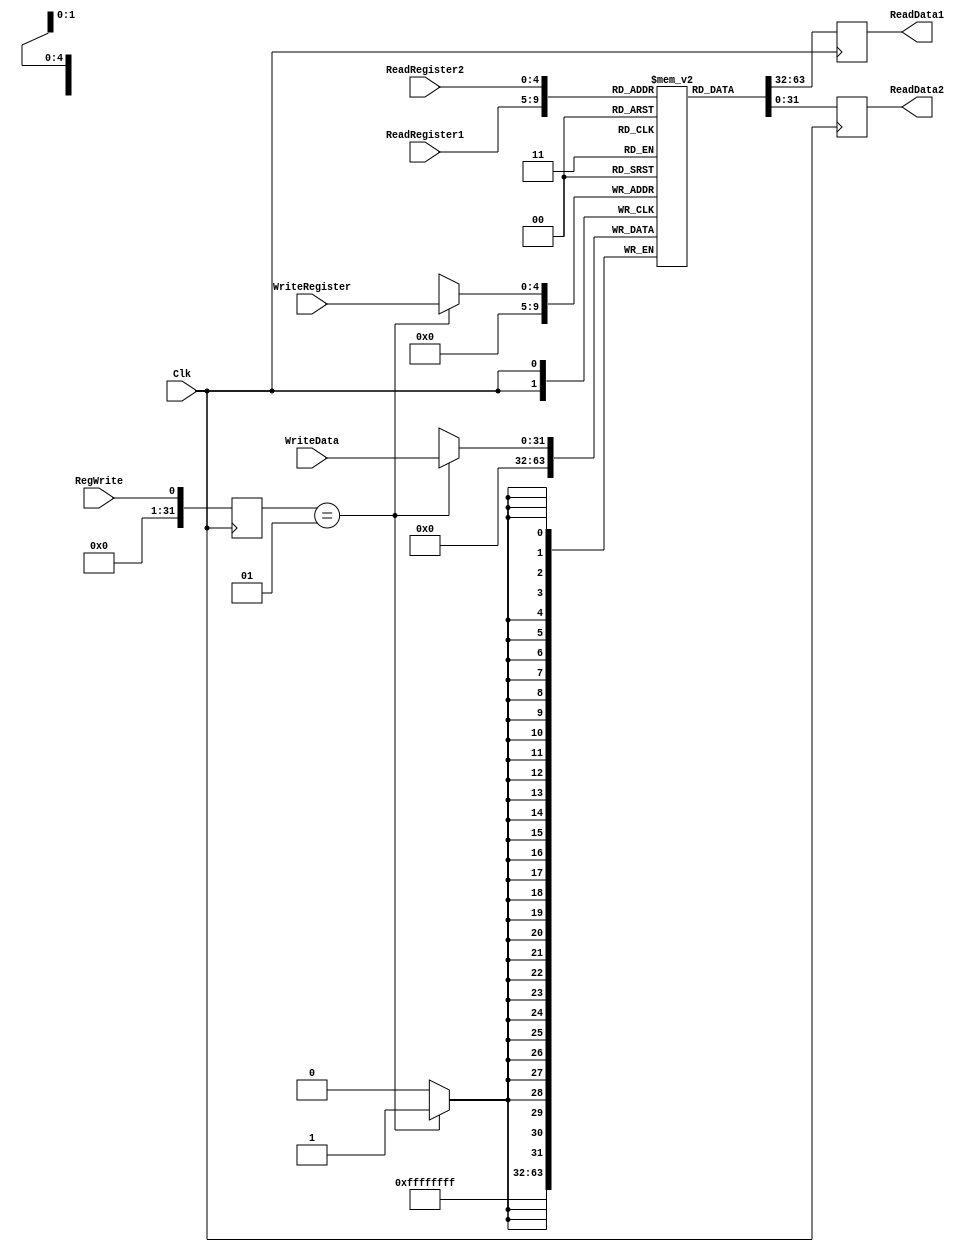
module RegisterFile(ReadRegister1, ReadRegister2, WriteRegister, WriteData, 
  RegWrite, Clk, ReadData1,ReadData2);

input[4:0] ReadRegister1, ReadRegister2, WriteRegister; //readreg2 == R_en
input[31:0] WriteData;
input Clk;
input RegWrite;
output reg[31:0] ReadData1;
output reg[31:0] ReadData2;
(* mark_debug = "true" *) reg [31:0] RegFile [0:31];

integer i;
        
        initial begin
        RegFile [0] <= 32'd0;
        RegFile [1] <= 32'd0;
        RegFile [2] <= 32'd0;
        RegFile [3] <= 32'd0;
        RegFile [4] <= 32'd0;
        RegFile [5] <= 32'd0;
        RegFile [6] <= 32'd0;
        RegFile [7] <= 32'd0;
        RegFile [8] <= 32'd0;
        RegFile [9] <= 32'd0;
        RegFile [10] <= 32'd0;
        RegFile [11] <= 32'd0;
        RegFile [12] <= 32'd0;
        RegFile [13] <= 32'd0;
        RegFile [14] <= 32'd0;
        RegFile [15] <= 32'd0;
        RegFile [16] <= 32'd0;
        RegFile [17] <= 32'd0;
        RegFile [18] <= 32'd0;
        RegFile [19] <= 32'd0;
        RegFile [20] <= 32'd0;
        RegFile [21] <= 32'd0;
        RegFile [22] <= 32'd0;
        RegFile [23] <= 32'd0;
        RegFile [24] <= 32'd0;
        RegFile [25] <= 32'd0;
        RegFile [26] <= 32'd0;
        RegFile [27] <= 32'd0;
        RegFile [28] <= 32'd0;
        RegFile [29] <= 32'd0;
        RegFile [30] <= 32'd0;
         RegFile [31] <= 32'd0;
             end

     always @(negedge Clk) begin
        ReadData1 <=  RegFile[ReadRegister1];
        ReadData2 <=  RegFile[ReadRegister2];
        i <= RegWrite;
        end
        
        
    always @(posedge Clk) begin
        if(i == 1)begin
        RegFile[WriteRegister] <= WriteData;
        end
        RegFile [0] <= 32'd0;
        end
endmodule